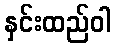
နှင်းထည်ဝါ